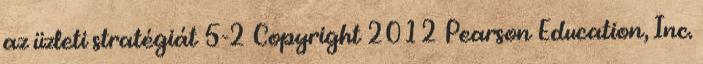
az üzleti stratégiát 5-2 Copyright 2012 Pearson Education, Inc.